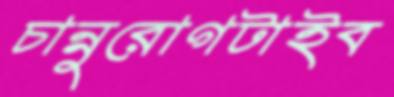
চান্নুরোগটাইব